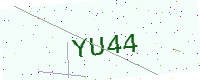
Text: YU44